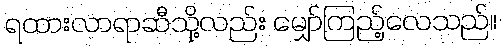
ရထားလာရာဆီသို့လည်း မျှော်ကြည့်လေသည်။